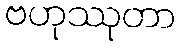
ဗဟုဿုတာ